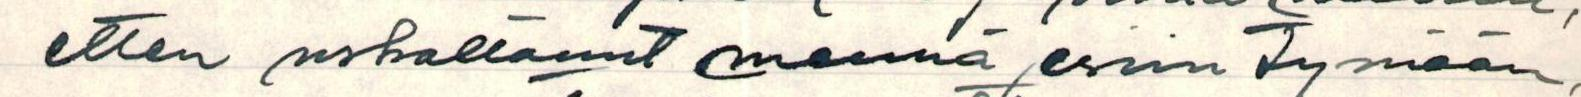
etten uskaltanut mennä esiintymään,